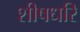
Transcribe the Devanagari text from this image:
शीषधरि